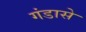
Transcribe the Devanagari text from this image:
गंडासे